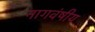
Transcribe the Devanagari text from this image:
नागवंषीय